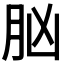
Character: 𦙞